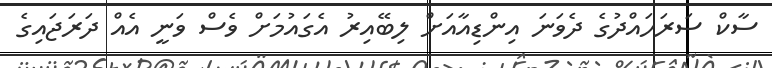
ސާކް ސަރަހައްދުގެ ދެވަނަ އިންޑިއާއަށް ލިބޭއިރު އެގައުމަށް ވެސް ވަނީ އެއް ދަރަޖައިގެ